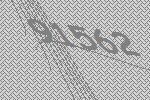
91562